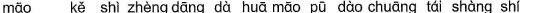
māo kě shì zhènd dāng dà huā māo pū dào chuāng tái shàng shí